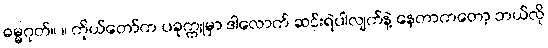
ဓမ္မဂုတ်။ ။ ကိုယ်တော်က ပခုက္ကူမှာ ဒါလောက် ဆင်းရဲပါလျက်နဲ့ နေတာကတော့ ဘယ်လို